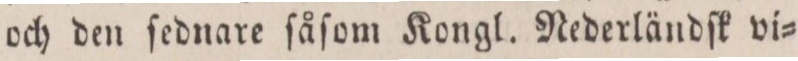
och den ſednare ſåſom Kongl. Nederländſk vi=